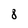
Character: 8